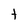
Character: t